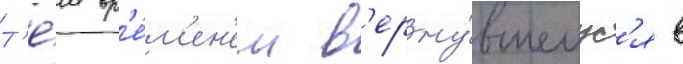
Т'е́м вр'е́м'ен'ем в'ерну́вшемус'я в